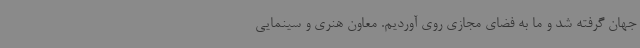
جهان گرفته شد و ما به فضای مجازی روی آوردیم. معاون هنری و سینمایی